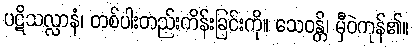
ပဋိသလ္လာနံ၊ တစ်ပါးတည်းကိန်းခြင်းကို။ သေဝန္တိ၊ မှီဝဲကုန်၏။